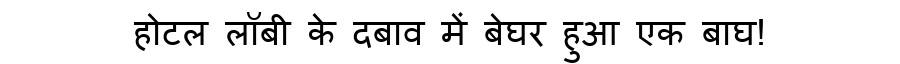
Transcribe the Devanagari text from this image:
होटल लॉबी के दबाव में बेघर हुआ एक बाघ!